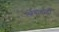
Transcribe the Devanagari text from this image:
लोंगोबार्डों